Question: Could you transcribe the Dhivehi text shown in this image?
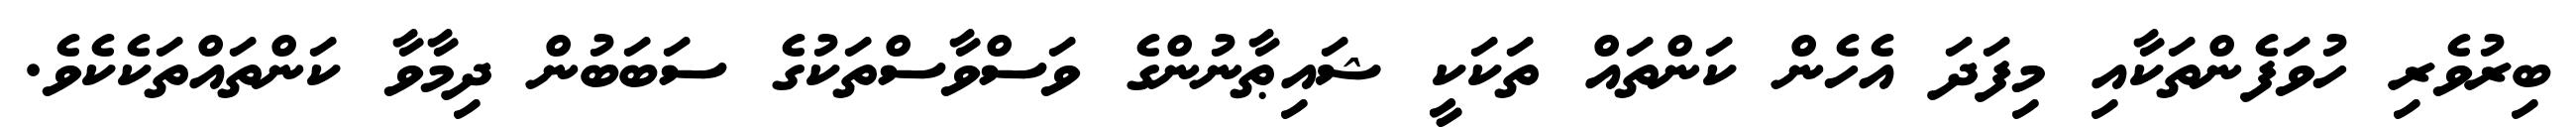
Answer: ބިރުވެރި ހުވަފެންތަކާއި މިފަދަ އެހެން ކަންތައް ތަކަކީ ޝައިޠާނުންގެ ވަސްވާސްތަކުގެ ސަބަބުން ދިމާވާ ކަންތައްތަކެކެވެ.